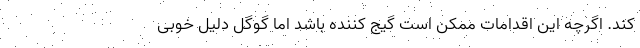
کند. اگرچه این اقدامات ممکن است گیج کننده باشد اما گوگل دلیل خوبی